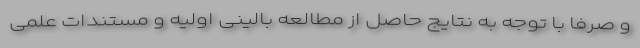
و صرفا با توجه به نتایج حاصل از مطالعه بالینی اولیه و مستندات علمی